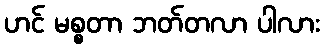
ဟင် မစ္စတာ ဘတ်တလာ ပါလား